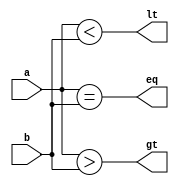
// intrari: a i b
// iesiri: lt (a less than b), gt (a greater than b ), eq (a equal to b)
module comp1(
    input a,
    input b,
    output lt, gt, eq
    );
	 
	assign lt = a  < b;
	assign eq = a == b;
	assign gt = a  > b;

endmodule